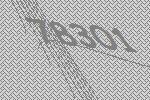
78301